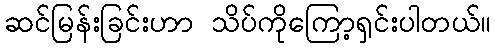
ဆင်မြန်းခြင်းဟာ သိပ်ကိုကြော့ရှင်းပါတယ်။